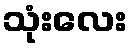
သုံးလေး